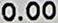
0.00